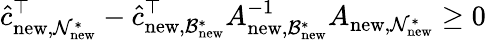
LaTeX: \hat{c}_{\mathrm{new},\mathcal{N}_{\mathrm{new}}^{*}}^{\top}-\hat{c}_{\mathrm{new},\mathcal{B}_{\mathrm{new}}^{*}}^{\top}A_{\mathrm{new},\mathcal{B}_{\mathrm{new}}^{*}}^{-1}A_{\mathrm{new},\mathcal{N}_{\mathrm{new}}^{*}}\ge 0